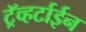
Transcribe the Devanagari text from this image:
ट्रॅव्हर्टाईन